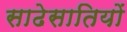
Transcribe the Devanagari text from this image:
साढेसातियों